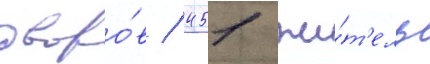
дворо́в / 451 жи́т'ель